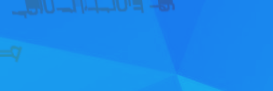
ورشة النجارة والصناعات ال